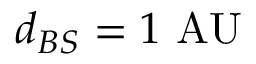
d _ { B S } = 1 { \mathrm { ~ A U } }